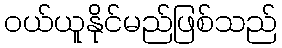
ဝယ်ယူနိုင်မည်ဖြစ်သည်